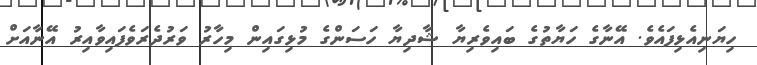
ހިޔަނިއެޅިފައެވެ. އޭނާގެ ހަޔާތުގެ ބައިވެރިޔާ ޝާދިޔާ ހަސަންގެ މުޅިގައިން މިހާރު ވަރުދެރަވެފައިވާއިރު އޭނާއަށް